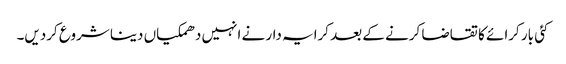
کئی بار کرائے کا تقاضا کرنے کے بعد کرایہ دار نے انہیں دھمکیاں دینا شروع کردیں۔